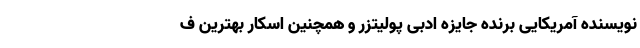
نویسنده آمریکایی برنده جایزه ادبی پولیتزر و همچنین اسکار بهترین ف